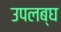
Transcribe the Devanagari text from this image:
उपलब्‍घ